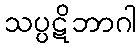
သပ္ပဋိဘာဂါ